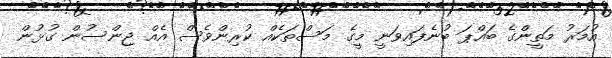
އުމަރު މަތީންގެ ބައްޕަ ބުނެފައިވަނީ މީގެ މަސްތަކެއް ކުރިންވެސް އެއް ޖިންސުން ގުޅުން